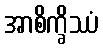
အာစိက္ခိဿံ